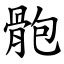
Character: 骲